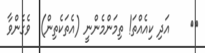
٦٧    އަދި ކިއެއްތަ! ތިމަންމެންނީ (އެތަކެތިން)  ވެގެންވާ